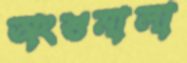
অংশুমালা